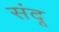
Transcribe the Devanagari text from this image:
संदू